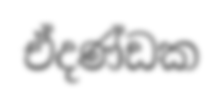
ඒදණ්ඩක